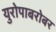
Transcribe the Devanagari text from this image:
युरोपाबरोबर